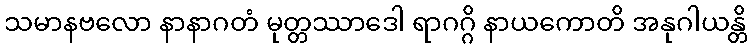
သမာနဗလော နာနာဂတံ မုတ္တဿာဒေါ ရာဂဂ္ဂိ နာယကောတိ အနုဂါယန္တိ